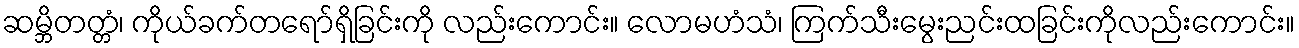
ဆမ္ဘိတတ္တံ၊ ကိုယ်ခက်တရော်ရှိခြင်းကို လည်းကောင်း။ လောမဟံသံ၊ ကြက်သီးမွေးညင်းထခြင်းကိုလည်းကောင်း။